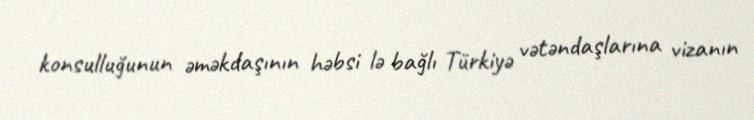
konsulluğunun əməkdaşının həbsi lə bağlı Türkiyə vətəndaşlarına vizanın